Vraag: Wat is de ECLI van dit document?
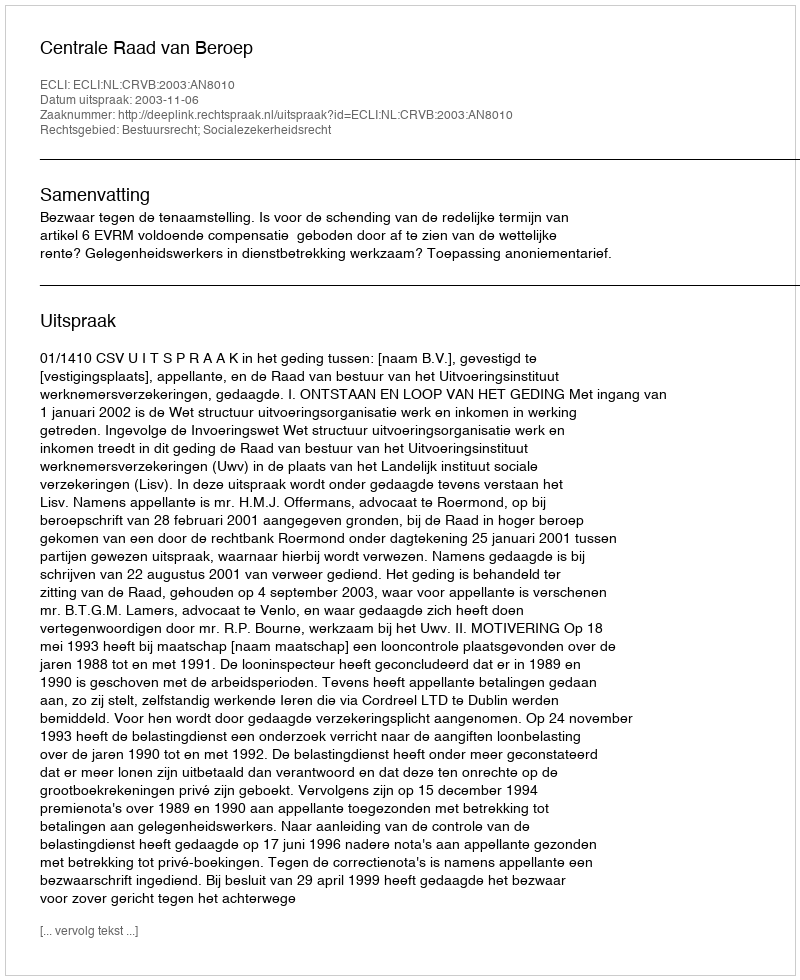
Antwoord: ECLI:NL:CRVB:2003:AN8010